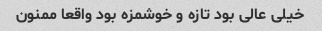
خیلی عالی بود تازه و خوشمزه بود واقعا ممنون